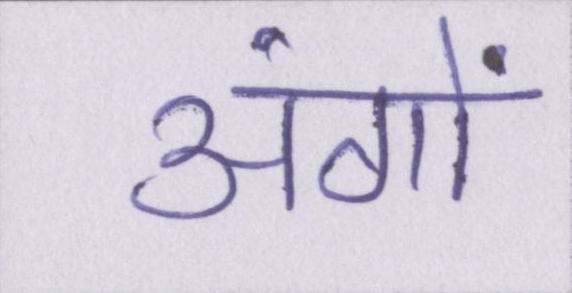
अंगों